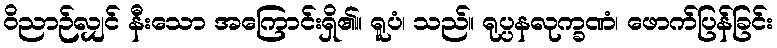
ဝိညာဉ်လျှင် နီးသော အကြောင်းရှိ၏။ ရူပံ၊ သည်။ ရုပ္ပနလုက္ခဏံ၊ ဖောက်ပြန်ခြင်း